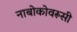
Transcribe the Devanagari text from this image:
नाबोकोवरूसी